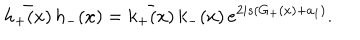
LaTeX: \bar { h _ { + } ( x ) } \, h _ { - } ( x ) = \bar { k _ { + } ( x ) } \, k _ { - } ( x ) \, e ^ { 2 i s ( G _ { + } ( x ) + a _ { 1 } ) } .